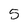
Character: 5